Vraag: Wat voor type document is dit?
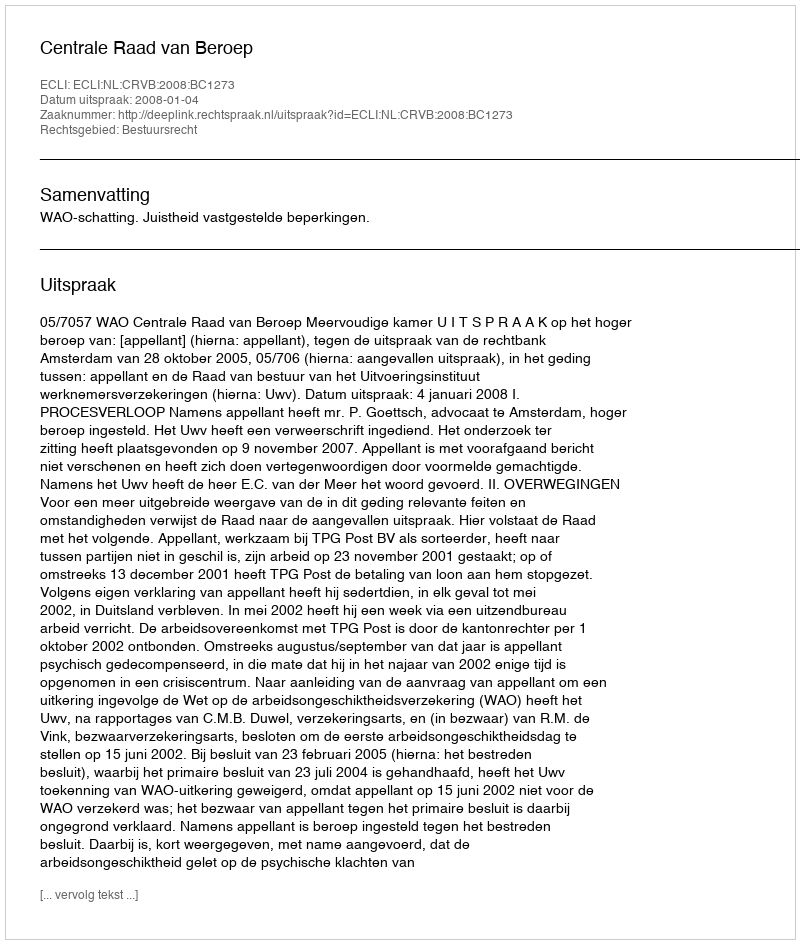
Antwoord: Uitspraak